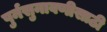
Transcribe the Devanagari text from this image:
पुर्नसुनावणीसाठी